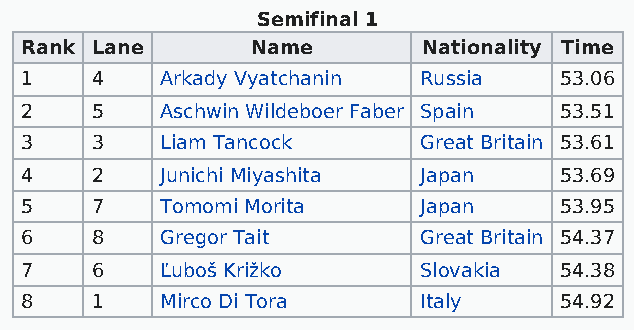
Semifinal 1
 Rank Lane       Name       Nationality Time
 1    4    Arkady Vyatchanin Russia  53.06
 2    5    Aschwin Wildeboer Faber Spain 53.51
 3    3    Liam Tancock     Great Britain 53.61
 4    2    Junichi Miyashita Japan   53.69
 5    7    Tomomi Morita    Japan    53.95
 6    8    Gregor Tait      Great Britain 54.37
 7    6    Ľuboš Križko     Slovakia 54.38
 8    1    Mirco Di Tora    Italy    54.92